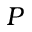
P